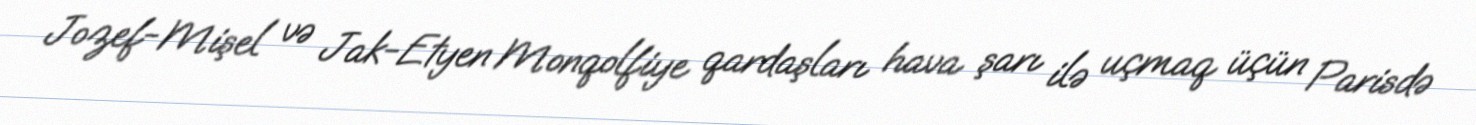
Jozef-Mişel və Jak-Etyen Monqolfiye qardaşları hava şarı ilə uçmaq üçün Parisdə